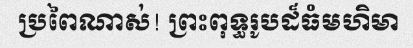
ប្រពៃណាស់! ព្រះពុទ្ធរូបដ៏ធំមហិមា